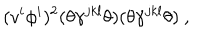
LaTeX: ( v ^ { i } \phi ^ { i } ) ^ { 2 } ( \theta \gamma ^ { j k l } \theta ) ( \theta \gamma ^ { j k l } \theta ) ~ ,